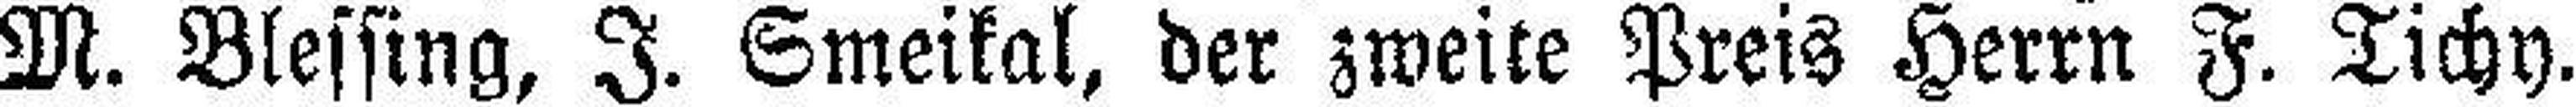
M. Blessing, J. Smeikal, der zweite Preis Herrn F. Tichy.